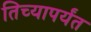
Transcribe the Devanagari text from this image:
तिच्यापर्यंत